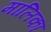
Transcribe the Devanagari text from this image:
मालिकां